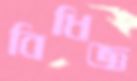
বিধিজ্ঞ